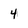
Character: 4